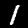
Digit: 1